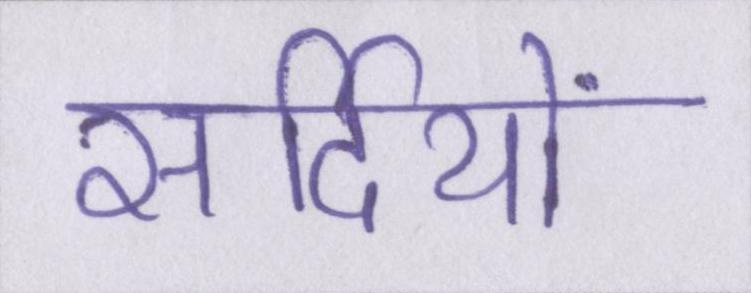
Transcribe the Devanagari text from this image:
सर्दियों